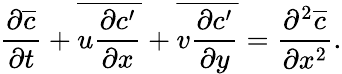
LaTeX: \frac{\partial\overline{{c}}}{\partial t}+\overline{{u\frac{\partial c^{\prime}}{\partial x}}}+\overline{{v\frac{\partial c^{\prime}}{\partial y}}}=\frac{\partial^{2}\overline{{c}}}{\partial x^{2}}.